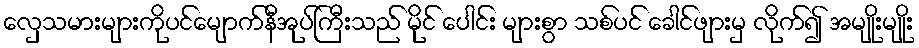
လှေသမားများကိုပင်မျောက်နီအုပ်ကြီးသည် မိုင် ပေါင်း များစွာ သစ်ပင် ခေါင်ဖျားမှ လိုက်၍ အမျိုးမျိုး